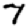
Digit: 7